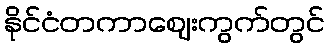
နိုင်ငံတကာဈေးကွက်တွင်